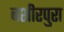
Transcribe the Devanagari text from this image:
बशीरपुरा